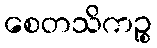
စေတသိကဉ္စ